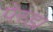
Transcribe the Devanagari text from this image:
पेरडा